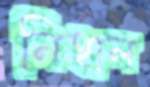
নিহাল